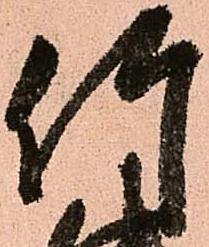
竹